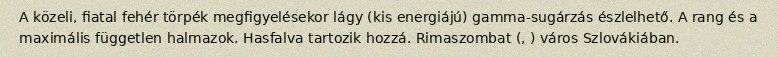
A közeli, fiatal fehér törpék megfigyelésekor lágy (kis energiájú) gamma-sugárzás észlelhető. A rang és a maximális független halmazok. Hasfalva tartozik hozzá. Rimaszombat (, ) város Szlovákiában.